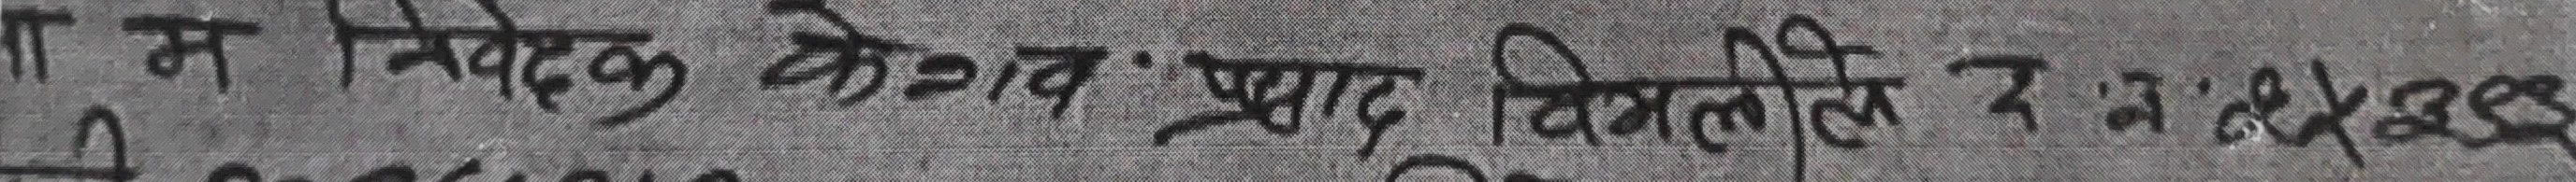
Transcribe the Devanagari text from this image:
म निबेदक केशव प्रसाद विमलि र न 8.823